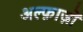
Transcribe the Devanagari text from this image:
अल्फ़ाज़ों